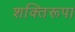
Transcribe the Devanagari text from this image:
शक्तिरूपा